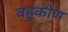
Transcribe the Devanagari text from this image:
बहुकोण